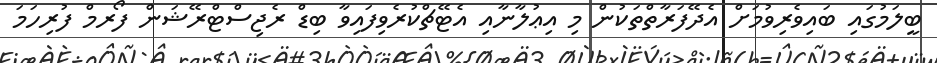
ބީލަމުގައި ބައިވެރިވުމަށް އެދޭފަރާތްތަކުން މި އިޢުލާނާއި އެޓޭޗްކުރެވިފައިވާ ބިޑް ރެޖިސްޓްރޭޝަން ފޯރމް ފުރިހަމަ